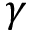
\gamma